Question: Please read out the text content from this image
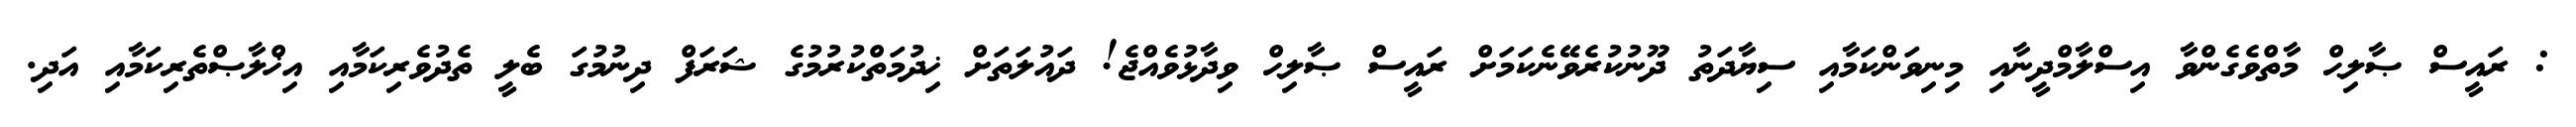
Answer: : ރައީސް ޞާލިޙް މާތްވެގެންވާ އިސްލާމްދީނާއި މިނިވަންކަމާއި ސިޔާދަތު ދޫނުކުރެވޭނެކަމަށް ރައީސް ޞާލިޙް ވިދާޅުވެއްޖެ! ދައުލަތަށް ޚިދުމަތްކުރުމުގެ ޝަރަފް ދިނުމުގަ ބެލީ ތެދުވެރިކަމާއި އިޚްލާޞްތެރިކަމާއި އަދި.